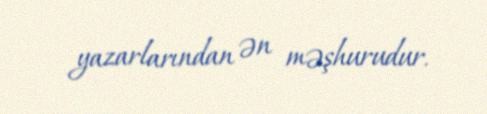
yazarlarından ən məşhurudur.